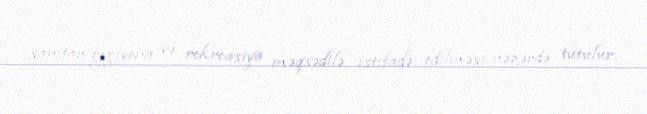
sanitar-gigiyena və rekreasiya məqsədilə istifadə edilməsi nəzərdə tutulur.